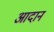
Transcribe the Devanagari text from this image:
आदानं